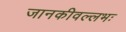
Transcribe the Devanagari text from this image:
जानकीवल्लभः